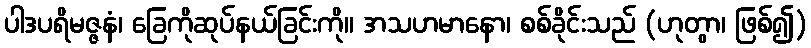
ပါဒပရိမဇ္ဇနံ၊ ခြေကိုဆုပ်နယ်ခြင်းကို။ အသဟမာနော၊ စစ်ခိုင်းသည် (ဟုတွာ၊ ဖြစ်၍)